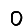
Digit: 0